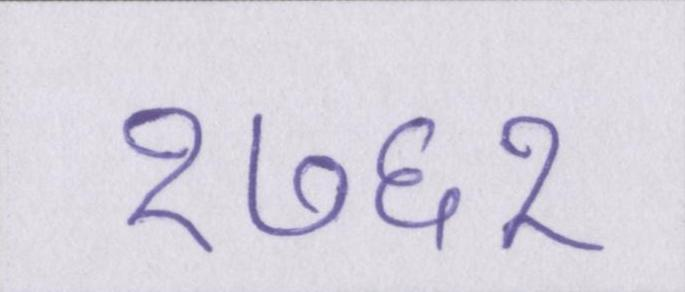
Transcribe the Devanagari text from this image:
१७६१